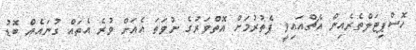
ހޮސްޕިޓަލްތެރެއިން އެޗްއައިވީ ފެތުރުމަށް އޮތްވަރުގެ ނުވަތަ އެއަށް ވުރެ އެތައް ގުނައެއް ބޮޑު